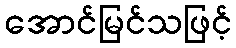
အောင်မြင်သဖြင့်